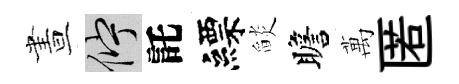
晝伫託縹𦦨瞻萬匿